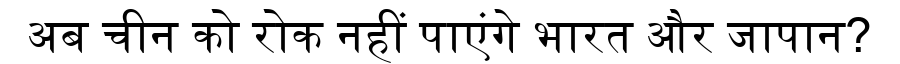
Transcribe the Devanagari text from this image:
अब चीन को रोक नहीं पाएंगे भारत और जापान?